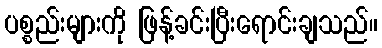
ပစ္စည်းများကို ဖြန့်ခင်းပြီးရောင်းချသည်။